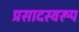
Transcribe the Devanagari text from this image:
प्रसादस्‍वरूप